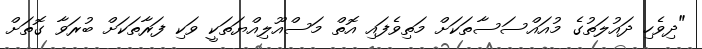
"ދިވެހި ދައުލަތުގެ މުއައްސަސާތަކަށް މަތިވެފައި އޮތް މަސްއޫލިއްޔަތަކީ ވަކި ފަރާތަކަށް ބުރަވާ ގޮތަށް